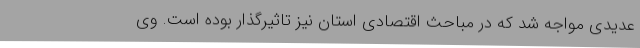
عدیدی مواجه شد که در مباحث اقتصادی استان نیز تاثیرگذار بوده است. وی